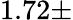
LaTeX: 1.72\pm